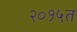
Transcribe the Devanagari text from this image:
२०१५त